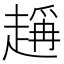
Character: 𧽃